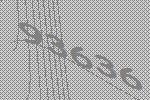
93636